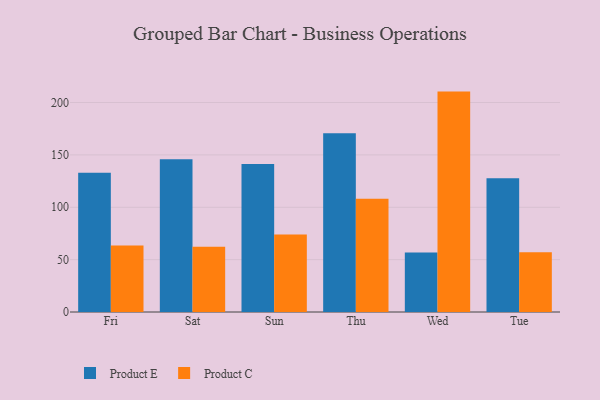
{"axis": {"x": "Day", "y": "Satisfaction Score"}, "legend": ["Product C", "Product E"], "data": [{"x": "Fri", "y": 133.0, "type": "Product E"}, {"x": "Fri", "y": 63.4, "type": "Product C"}, {"x": "Sat", "y": 145.8, "type": "Product E"}, {"x": "Sat", "y": 62.4, "type": "Product C"}, {"x": "Sun", "y": 141.2, "type": "Product E"}, {"x": "Sun", "y": 74.0, "type": "Product C"}, {"x": "Thu", "y": 170.6, "type": "Product E"}, {"x": "Thu", "y": 108.0, "type": "Product C"}, {"x": "Wed", "y": 56.9, "type": "Product E"}, {"x": "Wed", "y": 210.4, "type": "Product C"}, {"x": "Tue", "y": 127.6, "type": "Product E"}, {"x": "Tue", "y": 57.1, "type": "Product C"}]}